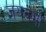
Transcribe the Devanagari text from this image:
जयवर्मा